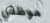
موظفي